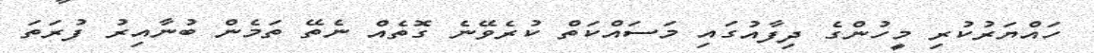
ހައްޔަރުކުރި މީހުންގެ ދިފާއުގައި މަސައްކަތް ކުރެވޭނެ ގޮތެއް ނެތޭ ތަމެން ބުނާއިރު ފުރަތަަ